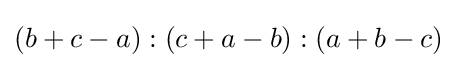
(b+c-a):(c+a-b):(a+b-c)